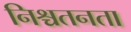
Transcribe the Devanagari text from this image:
निश्चतनता